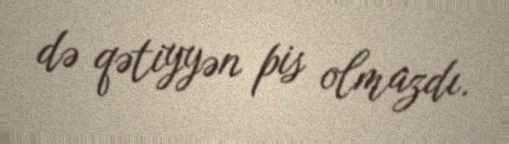
də qətiyyən pis olmazdı.